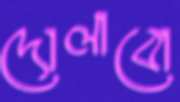
দোলাবো